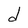
Character: d